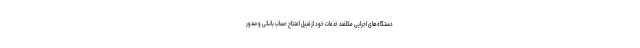
دستگاه‌های اجرایی مکلفند خدمات خود ازقبیل افتتاح حساب بانکی و صدور